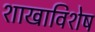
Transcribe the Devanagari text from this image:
शाखाविशेष